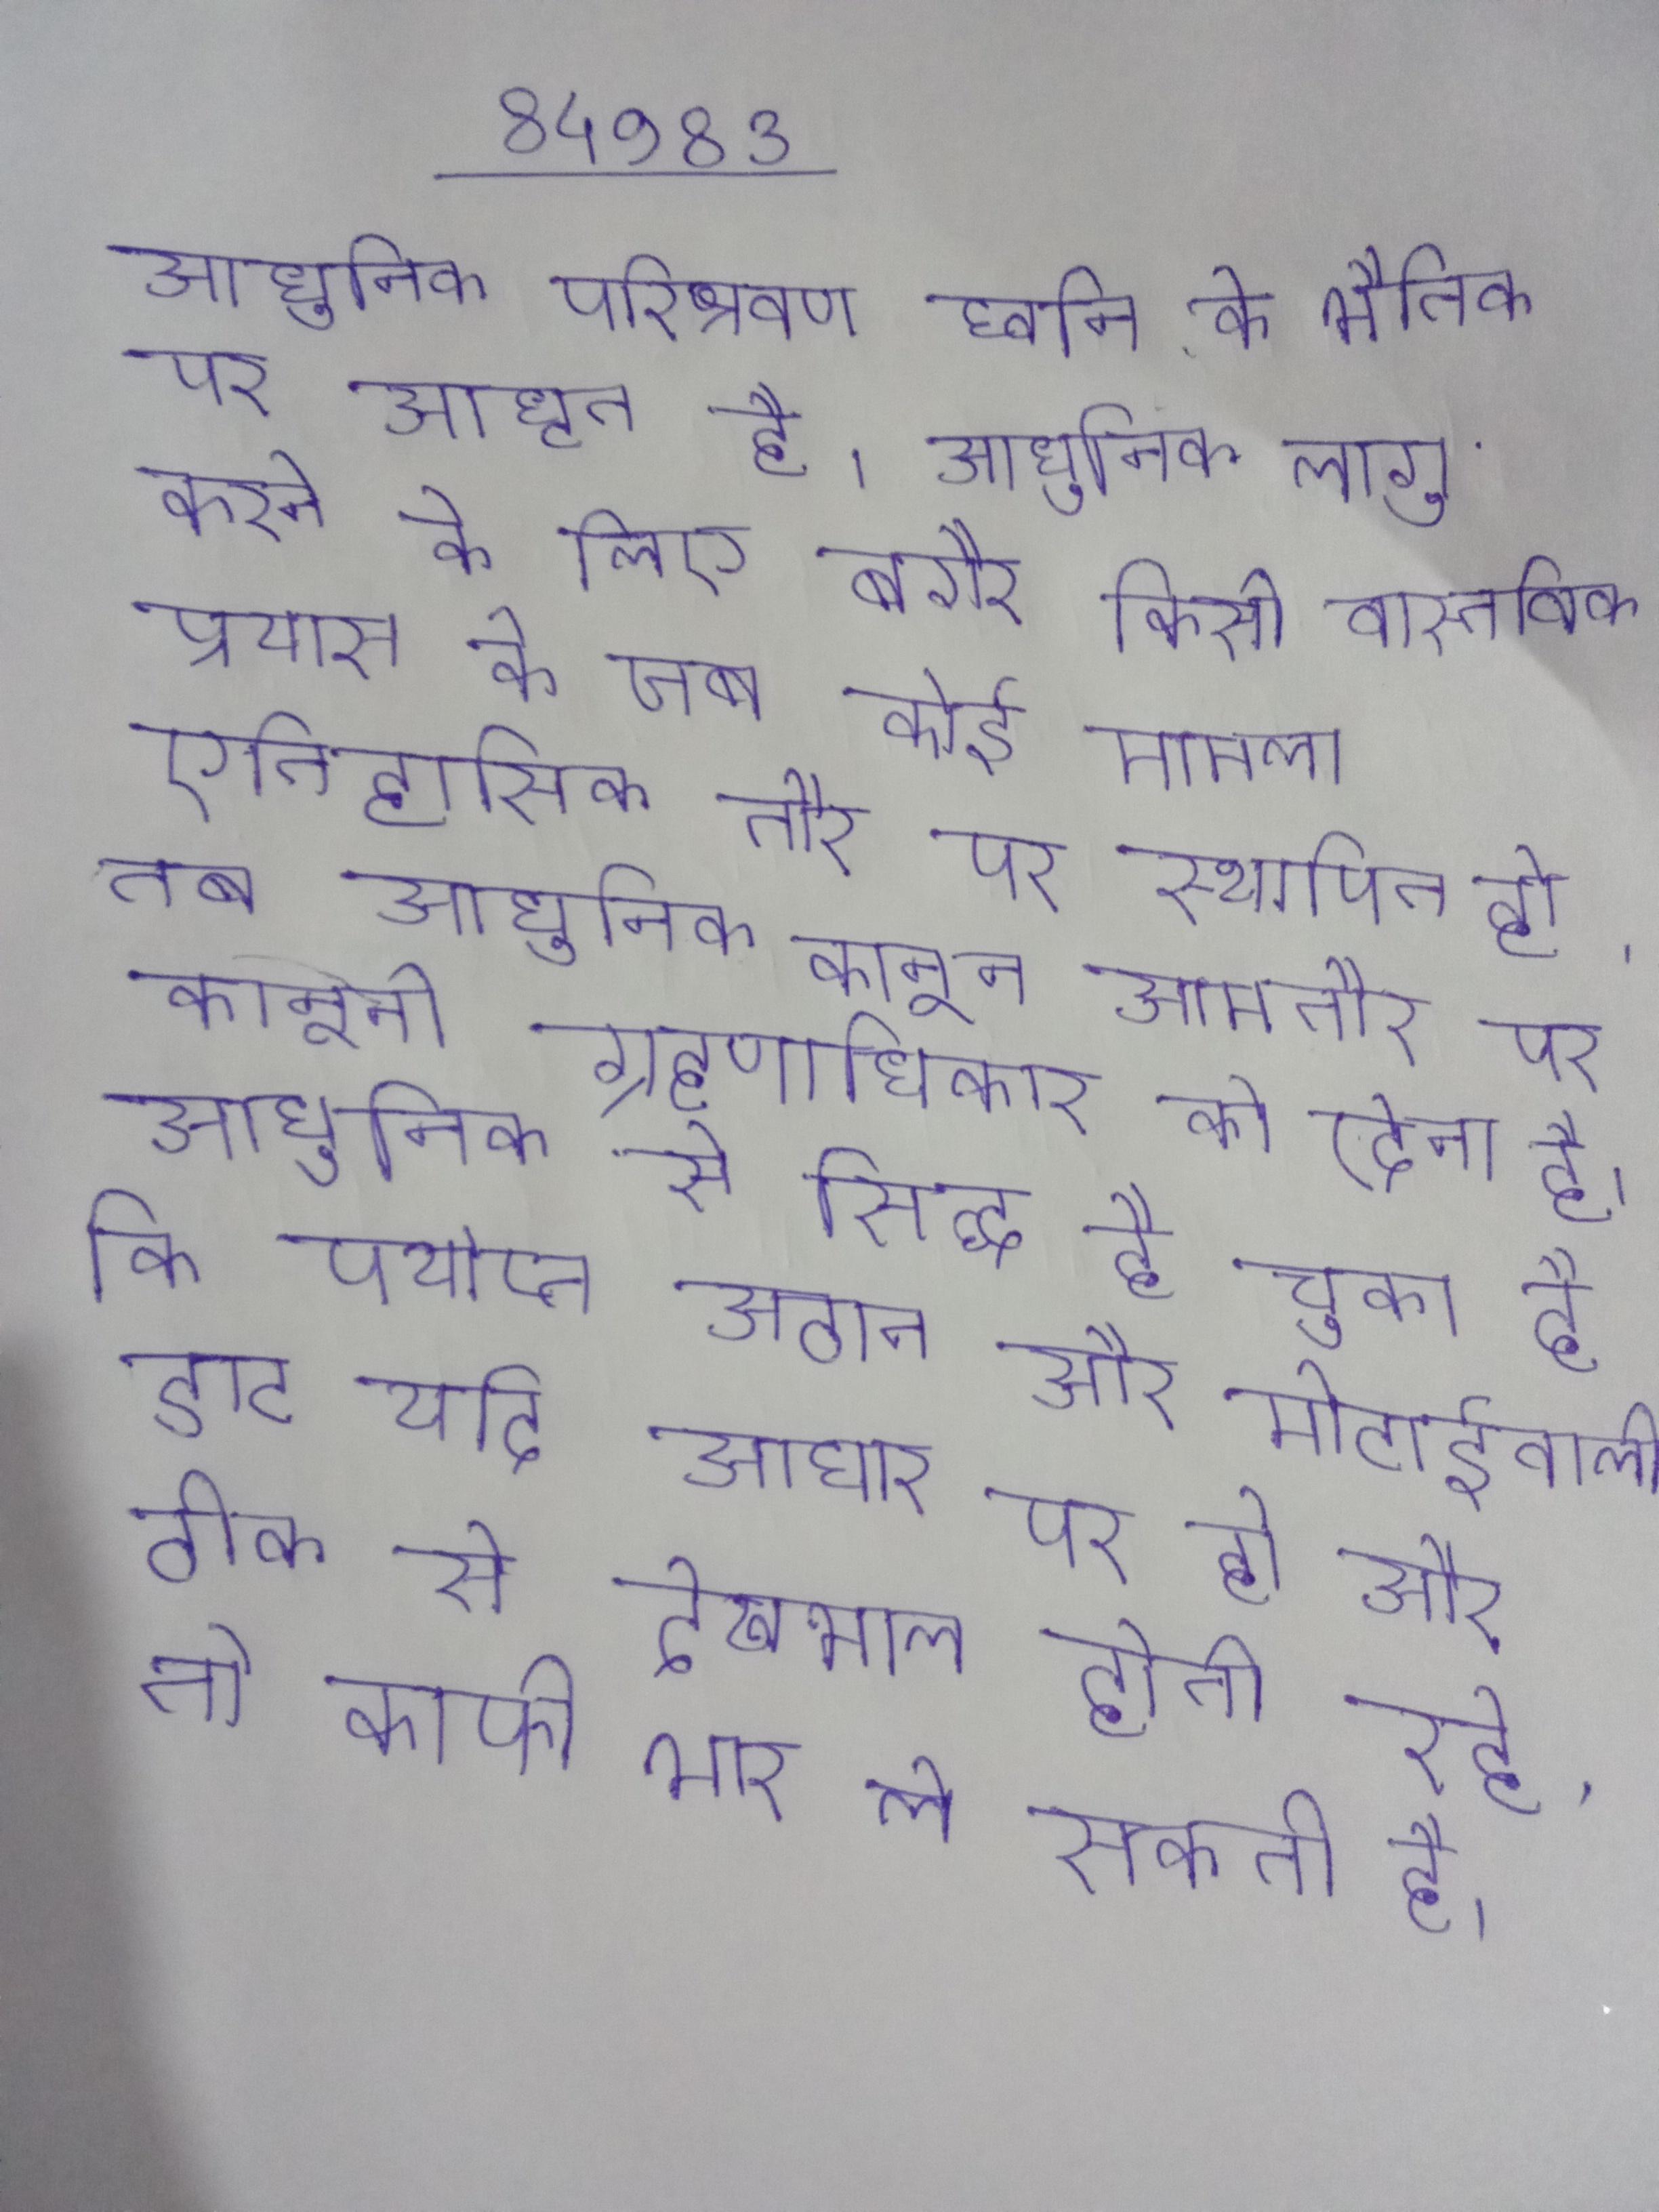
आधुनिक परिश्रवण ध्वनि के भौतिक पर आधृत है । आधुनिक लागू करने के लिए बगैर किसी वास्तविक प्रयास के जब कोई मामला ऐतिहासिक तौर पर स्थापित हो, तब आधुनिक कानून आमतौर पर कानूनी ग्रहणाधिकार को देता है । आधुनिक से सिद्ध हो चुका है कि पर्याप्त उठान और मोटाईवाली डाट यदि आधार पर हो और ठीक से देखभाल होती रहे, तो काफी भार ले सकती है ।